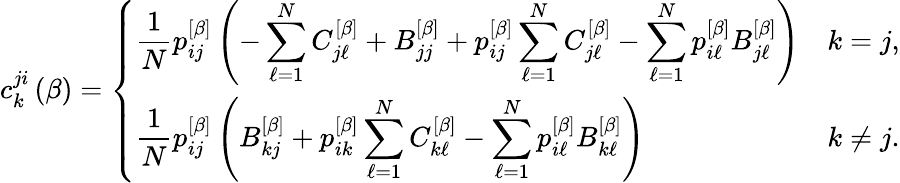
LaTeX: c_{k}^{ji}\left(\beta\right)=\left\{ \begin{array}{ll}{\displaystyle\frac{1}{N}p_{ij}^{\left[\beta\right]}\left(-\sum_{\ell=1}^{N}C_{j\ell}^{\left[\beta\right]}+B_{jj}^{\left[\beta\right]}+p_{ij}^{\left[\beta\right]}\sum_{\ell=1}^{N}C_{j\ell}^{\left[\beta\right]}-\sum_{\ell=1}^{N}p_{i\ell}^{\left[\beta\right]}B_{j\ell}^{\left[\beta\right]}\right)}&{\displaystyle k=j,}\\ {\displaystyle\frac{1}{N}p_{ij}^{\left[\beta\right]}\left(B_{kj}^{\left[\beta\right]}+p_{ik}^{\left[\beta\right]}\sum_{\ell=1}^{N}C_{k\ell}^{\left[\beta\right]}-\sum_{\ell=1}^{N}p_{i\ell}^{\left[\beta\right]}B_{k\ell}^{\left[\beta\right]}\right)}&{\displaystyle k\neq j.}\end{array}\right.